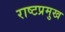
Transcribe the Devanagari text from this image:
राष्टप्रमुख